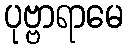
ပုဗ္ဗာရာမေ